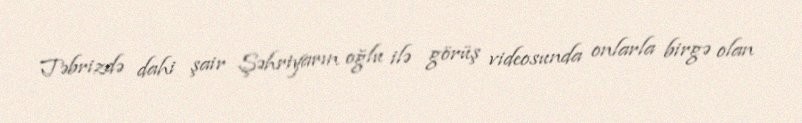
Təbrizdə dahi şair Şəhriyarın oğlu ilə görüş videosunda onlarla birgə olan